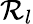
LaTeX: \mathcal{R}_{l}